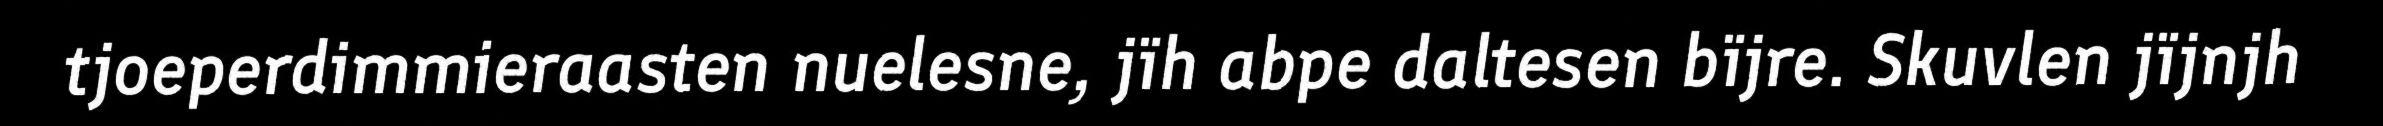
tjoeperdimmieraasten nuelesne, jïh abpe daltesen bïjre. Skuvlen jïjnjh